Proceedings of the meeting of veterinary officers in India
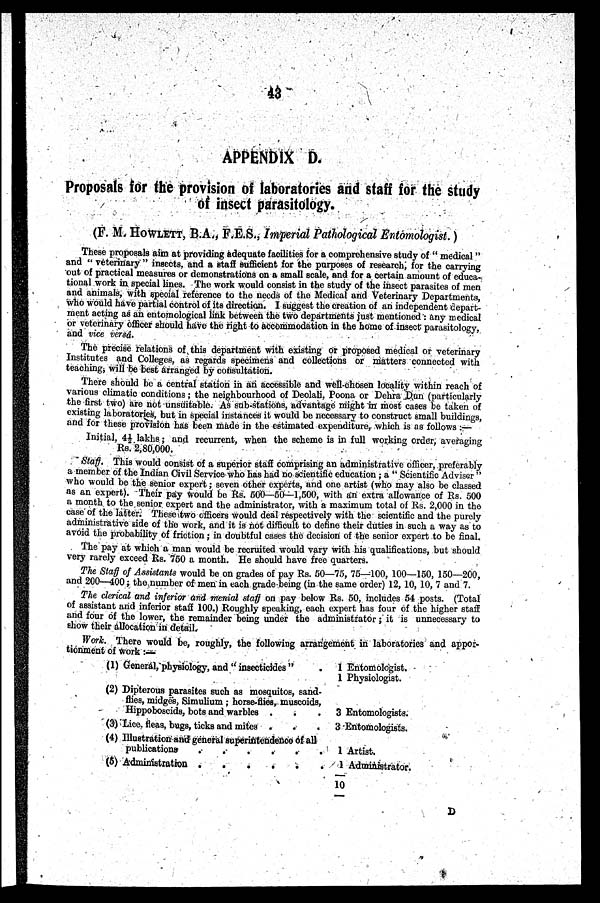
43
APPENDIX D.
Proposals for the provision of laboratories and staff for the study
of insect parasitology.
(F. M. HOWLETT, B.A., F.E.S., Imperial Pathological Entomologist.)
These proposals aim at providing adequate facilities for a comprehensive study of "medical"
and "veterinary" insects, and a staff sufficient for the purposes of research, for the carrying
out of practical measures or demonstrations on a small scale, and for a certain amount of educa-
tional work in special lines. The work would consist in the study of the insect parasites of men
and animals, with speoial reference to the needs of the Medical and Veterinary Departments,
who would have partial control of its direction. I suggest the creation of an independent depart-
ment acting as an entomological link between the two departments just mentioned: any medical
or veterinary officer should have the right to accommodation in the home of insect parasitology,
and vice versâ.
The precise relations of this department with existing or proposed medical or veterinary
Institutes and Colleges, as regards specimens and collections or matters connected with
teaching, will be best arranged by consultation.
There should be a central station in an accessible and well-chosen locality within reach of
various climatic conditions; the neighbourhood of Deolali, Poona or Dehra Dun (particularly
the first two) are not unsuitable. As sub-stations, advantage might in most cases be taken of
existing laboratories, but in special instances it would be necessary to construct small buildings,
and for these provision has been made in the estimated expenditure, which is as follows:—
Initial, 4½ lakhs; and recurrent, when the scheme is in full working order, averaging
Rs. 2,80,000.
Staff.
This would consist of a superior staff comprising an administrative officer, preferably
a member of the Indian Civil Service who has had no scientific education; a "Scientific Adviser"
who would be the senior expert; seven other experts, and one artist (who may also be classed
as an expert). Their pay would be Rs. 500—50—1,500, with an extra allowance of Rs. 500
a month to the senior export and the administrator, with a maximum total of Rs. 2,000 in the
case of the latter. These two officers would deal respectively with the scientific and the purely
administrative side of the work, and it is not difficult to define their duties in such a way as to
avoid the probability of friction; in doubtful cases the decision of the senior expert to be final.
The pay at which a man would be recruited would vary with his qualifications, but should
very rarely exceed Rs. 750 a month. He should have free quarters.
The Staff of Assistants would be on grades of pay Rs. 50—75, 75—100, 100—150, 150—200,
and 200—400; the number of men in each grade being (in the same order) 12, 10, 10, 7 and 7.
The clerical and inferior and menial staff on pay below Rs. 50, includes 54 posts. (Total
of assistant and inferior staff 100.) Roughly speaking, each expert has four of the higher staff
and four of the lower, the remainder being under the administrator; it is unnecessary to
show their allocation in detail.
Work. There would be, roughly, the following arrangement in laboratories and appor-
tionment of work:—
(1) General, physiology, and "insecticides"
(2) Dipterous parasites such as mosquitos, sand-
flies, midges, Simulium; horse-flies, muscoids,
Hippoboscids, bots and warbles .
(3) Lice fleas, bugs, ticks and mites .
(4) Illustration and general superintendence of all
publications
.
.
.
.
.
.
(5) Administration
1 Entomologist.
1 Physiologist.
3 Entomologists.
3 Entomologists.
1 Artist.
1 Administrator.
10
D